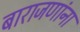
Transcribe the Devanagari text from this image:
बाराजणांना